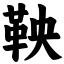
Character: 鞅